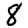
Digit: 8